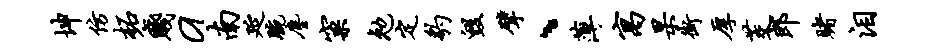
坤仿柘贱a南延腕尘窠勉定豹毁擘、薄寓杲街厚茭郎赌泪